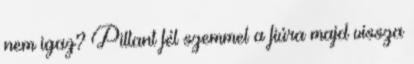
nem igaz? Pillant fél szemmel a fiúra majd vissza